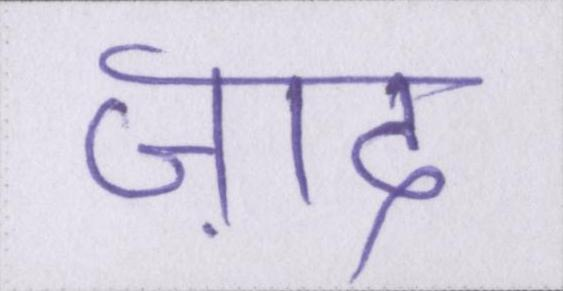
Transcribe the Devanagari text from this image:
ज़ाद